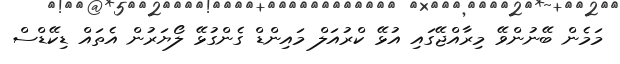
މަމެން ބޭނުންވޭ މިރާއްޖޭގައި އުޅޭ ކްރުއަލް މައިންޑް ގެންގުޅޭ ލޯޔަރުން އެތައް ޑިކޭޑްސް